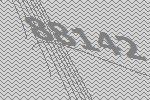
88142